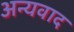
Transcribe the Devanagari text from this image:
अन्यवाद